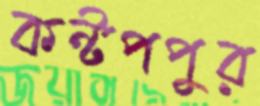
কন্টপপুর